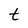
Character: t